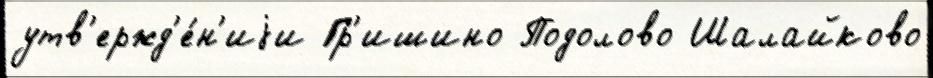
утв'ержд'е́н'иjи Гр'ишино Подолово Шалайково